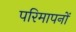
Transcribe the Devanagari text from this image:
परिमापनों